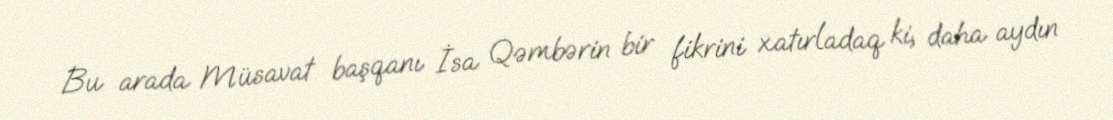
Bu arada Müsavat başqanı İsa Qəmbərin bir fikrini xatırladaq ki, daha aydın